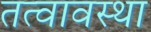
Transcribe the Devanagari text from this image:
तत्वावस्था